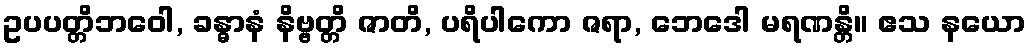
ဥပပတ္တိဘဝေါ, ခန္ဓာနံ နိဗ္ဗတ္တိ ဇာတိ, ပရိပါကော ဇရာ, ဘေဒေါ မရဏန္တိ။ ဧသ နယော